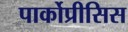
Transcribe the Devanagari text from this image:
पार्कोप्रीसिस